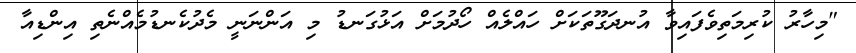
"މިހާރު ކުރިމަތިވެފައިވާ އުނދަގޫތަކަށް ހައްލެއް ހޯދުމަށް އަޅުގަނޑު މި އަންނަނީ މެދުކެނޑުމެއްނެތި އިންޑިއާ